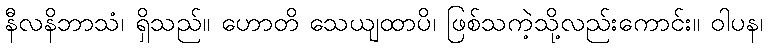
နီလနိဘာသံ၊ ရှိသည်။ ဟောတိ သေယျထာပိ၊ ဖြစ်သကဲ့သို့လည်းကောင်း။ ဝါပန၊